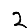
Digit: 2